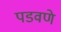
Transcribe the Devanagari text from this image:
पडवणे